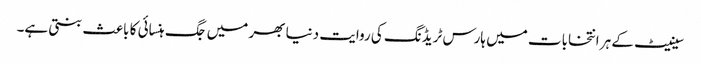
سینیٹ کے ہر انتخابات میں ہارس ٹریڈنگ کی روایت دنیا بھر میں جگ ہنسائی کا باعث بنتی ہے۔